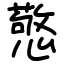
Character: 憼